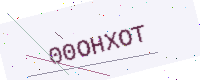
Text: 00OHXOT